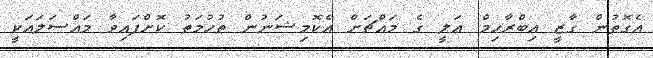
އެގޮތުން ގާޒީ އިބްރާހިމް ޢަލީ ގެ މައްޗަށް އެކޮމިޝަނުން ތުހުމަތު ކޮށްފައިވާ މައްސަލައަކީ